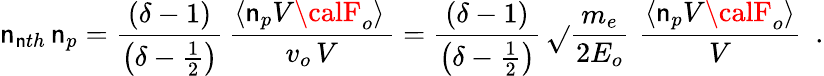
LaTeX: \mathsf{n}_{\mathsf{n}th}\, \mathsf{n}_{p}=\frac{{(\delta-1)}}{{\left(\delta-\frac{{1}}{{2}}\right)}}\, \frac{{\langle\mathsf{n}_{p}V{\calF}_{o}\rangle\, }}{{v_{o}\, V}}=\frac{{(\delta-1)}}{{\left(\delta-\frac{{1}}{{2}}\right)}}\, \sqrt{}{{\frac{{m_{e}}}{{2E_{o}}}}}\, \, \frac{{\langle\mathsf{n}_{p}V{\calF}_{o}\rangle}}{{V}}\, \, \, .